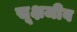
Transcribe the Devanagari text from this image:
सूक्षजीव